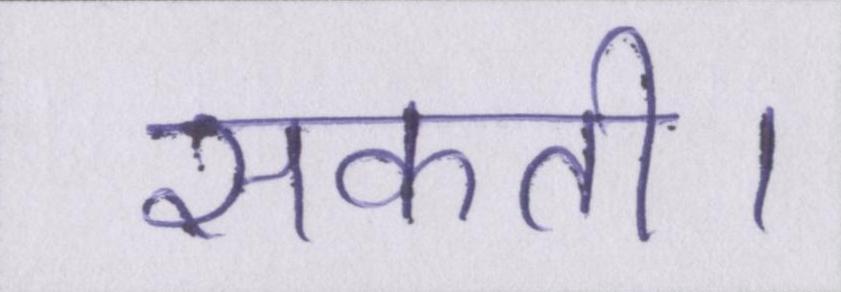
सकती।